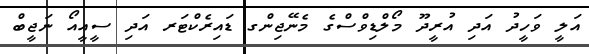
އަލީ ވަހީދު އަދި އުރީދޫ މޯލްޑިވްސްގެ މެނޭޖިންގ ޑައިރެކްޓަރ އަދި ސީއީއޯ ނަޖީބް